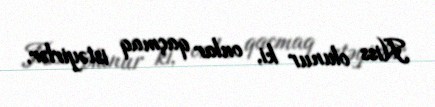
Hiss olunur ki, onlar qaçmaq istəyirlər.